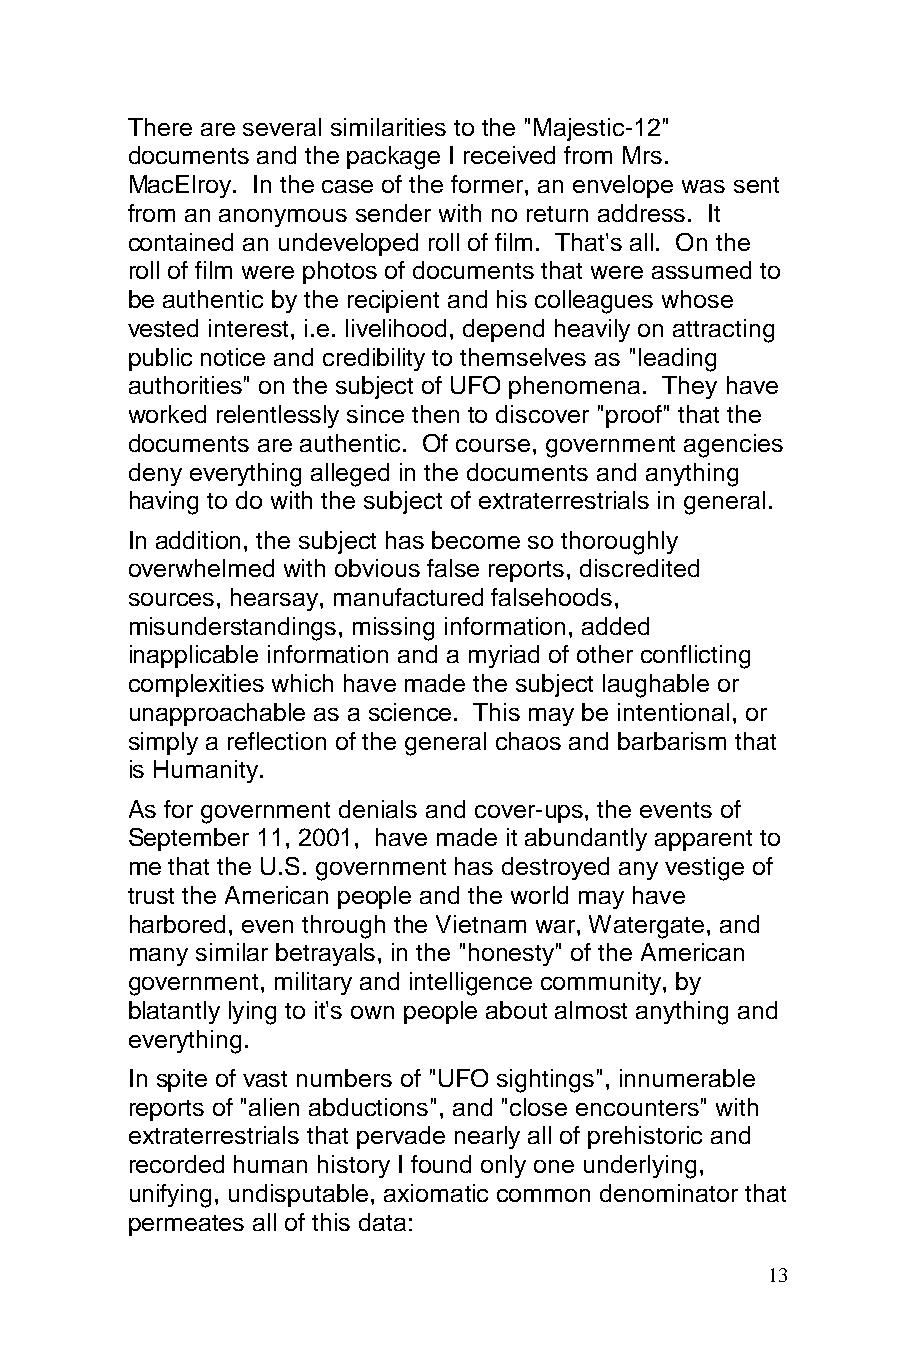
There are several similarities to the "Majestic-12"
 documents and the package I received from Mrs.
 MacElroy. In the case of the former, an envelope was sent
 from an anonymous sender with no return address. It
 contained an undeveloped roll of film. That's all. On the
 roll of film were photos of documents that were assumed to
 be authentic by the recipient and his colleagues whose
 vested interest, i.e. livelihood, depend heavily on attracting
 public notice and credibility to themselves as "leading
 authorities" on the subject of UFO phenomena. They have
 worked relentlessly since then to discover "proof" that the
 documents are authentic. Of course, government agencies
 deny everything alleged in the documents and anything
 having to do with the subject of extraterrestrials in general.
 In addition, the subject has become so thoroughly
 overwhelmed with obvious false reports, discredited
 sources, hearsay, manufactured falsehoods,
 misunderstandings, missing information, added
 inapplicable information and a myriad of other conflicting
 complexities which have made the subject laughable or
 unapproachable as a science. This may be intentional, or
 simply a reflection of the general chaos and barbarism that
 is Humanity.
 As for government denials and cover-ups, the events of
 September 11, 2001, have made it abundantly apparent to
 me that the U.S. government has destroyed any vestige of
 trust the American people and the world may have
 harbored, even through the Vietnam war, Watergate, and
 many similar betrayals, in the "honesty" of the American
 government, military and intelligence community, by
 blatantly lying to it's own people about almost anything and
 everything.
 In spite of vast numbers of "UFO sightings", innumerable
 reports of "alien abductions", and "close encounters" with
 extraterrestrials that pervade nearly all of prehistoric and
 recorded human history I found only one underlying,
 unifying, undisputable, axiomatic common denominator that
 permeates all of this data:
 13